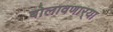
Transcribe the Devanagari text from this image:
बोलावणार्‍या